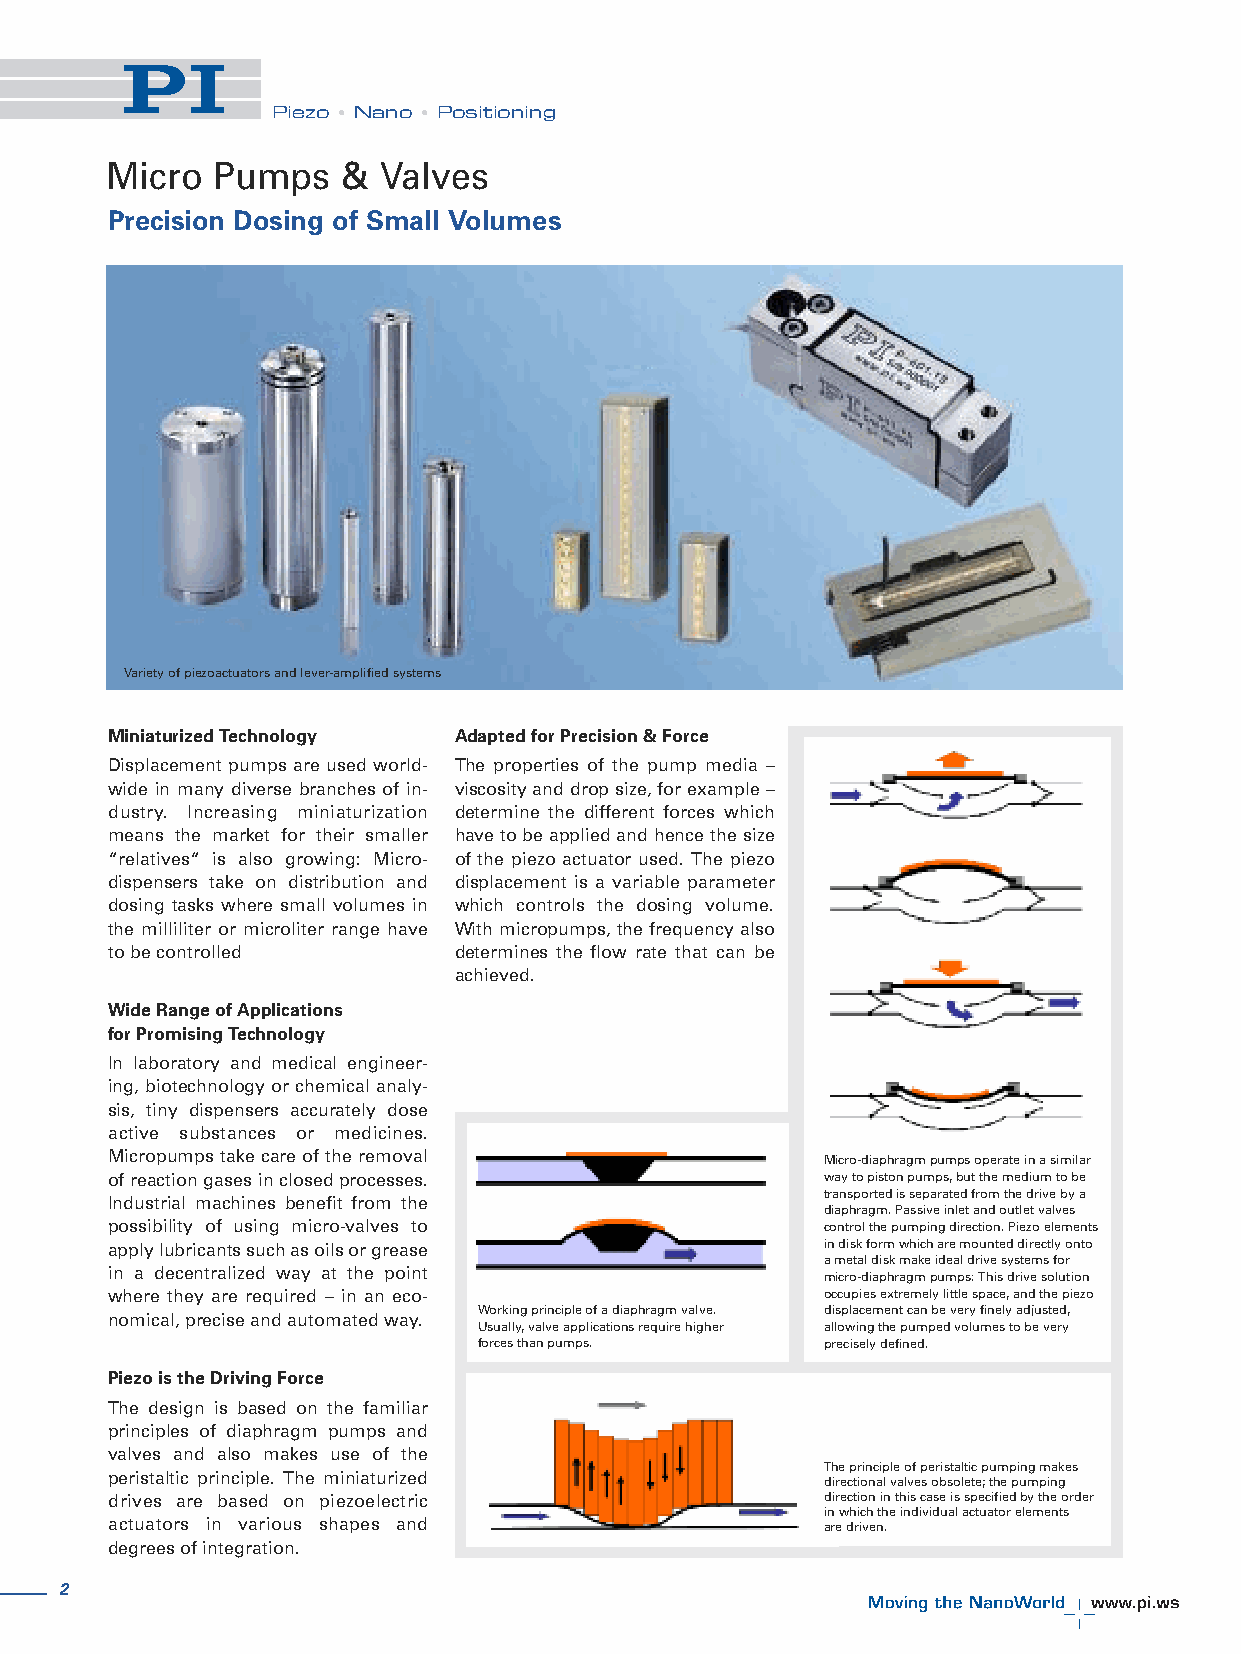
PPiieezzoo •• NNaannoo •• PPoossiittiioonniinngg
 Micro  Pumps    & Valves
 Precision Dosing of Small Volumes
 Varietyofpiezoactuatorsandlever-amplifiedsystems
 MiniaturizedTechnology AdaptedforPrecision&Force
 Displacement pumps are used world- The properties of the pump media –
 wide in many diverse branches of in- viscosityanddropsize,forexample–
 dustry. Increasing miniaturization determine the different forces which
 means the market for their smaller havetobeappliedandhencethesize
 “relatives“ is also growing: Micro- of the piezo actuator used. The piezo
 dispensers take on distribution and displacement is a variable parameter
 dosing tasks where small volumes in which controls the dosing volume.
 the milliliter or microliter range have Withmicropumps,thefrequencyalso
 tobecontrolled         determines the flow rate that can be
 achieved.
 WideRangeofApplications
 forPromisingTechnology
 In laboratory and medical engineer-
 ing,biotechnologyorchemicalanaly-
 sis, tiny dispensers accurately dose
 active substances or medicines.
 Micropumps take care of the removal
 Micro-diaphragmpumpsoperateinasimilar
 ofreactiongasesinclosedprocesses.               waytopistonpumps,butthemediumtobe
 transportedisseparatedfromthedrivebya
 Industrial machines benefit from the
 diaphragm.Passiveinletandoutletvalves
 possibility of using micro-valves to            controlthepumpingdirection.Piezoelements
 applylubricantssuchasoilsorgrease               indiskformwhicharemounteddirectlyonto
 ametaldiskmakeidealdrivesystemsfor
 in a decentralized way at the point             micro-diaphragmpumps:Thisdrivesolution
 where they are required – in an eco-            occupiesextremelylittlespace,andthepiezo
 Workingprincipleofadiaphragmvalve. displacementcanbeveryfinelyadjusted,
 nomical,preciseandautomatedway.
 Usually,valveapplicationsrequirehigher allowingthepumpedvolumestobevery
 forcesthanpumps.       preciselydefined.
 PiezoistheDrivingForce
 The design is based on the familiar
 principles of diaphragm pumps and
 valves and also makes use of the
 Theprincipleofperistalticpumpingmakes
 peristaltic principle. The miniaturized
 directionalvalvesobsolete;thepumping
 drives are based on piezoelectric               directioninthiscaseisspecifiedbytheorder
 inwhichtheindividualactuatorelements
 actuators in various shapes and                 aredriven.
 degreesofintegration.
 2